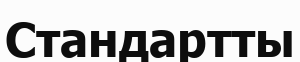
Стандартты